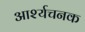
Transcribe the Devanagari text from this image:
आर्श्यचनक